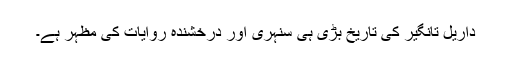
داریل تانگیر کی تاریخ بڑی ہی سنہری اور درخشندہ روایات کی مظہر ہے۔